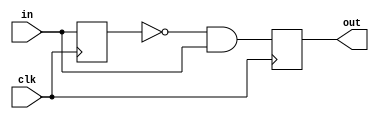
module edge_detector( clk, in, out);

input clk;
input in;
output out;

reg old_sig;
reg out = 0;


always @(posedge clk)
  begin
 	 out <= (~old_sig) & in;
	 old_sig <= in;
  end	

endmodule